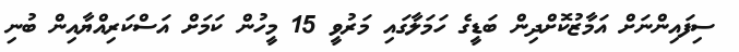
ސިފައިންނަށް އަމާޒުކޮށްދިން ބަޑީގެ ހަމަލާގައި މަރުވީ 15 މީހުން ކަމަށް އަސްކަރިއްޔާއިން ބުނި